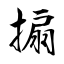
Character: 搧